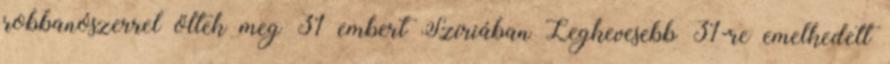
robbanószerrel öltek meg 31 embert Szíriában Legkevesebb 31-re emelkedett